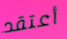
أعتقد